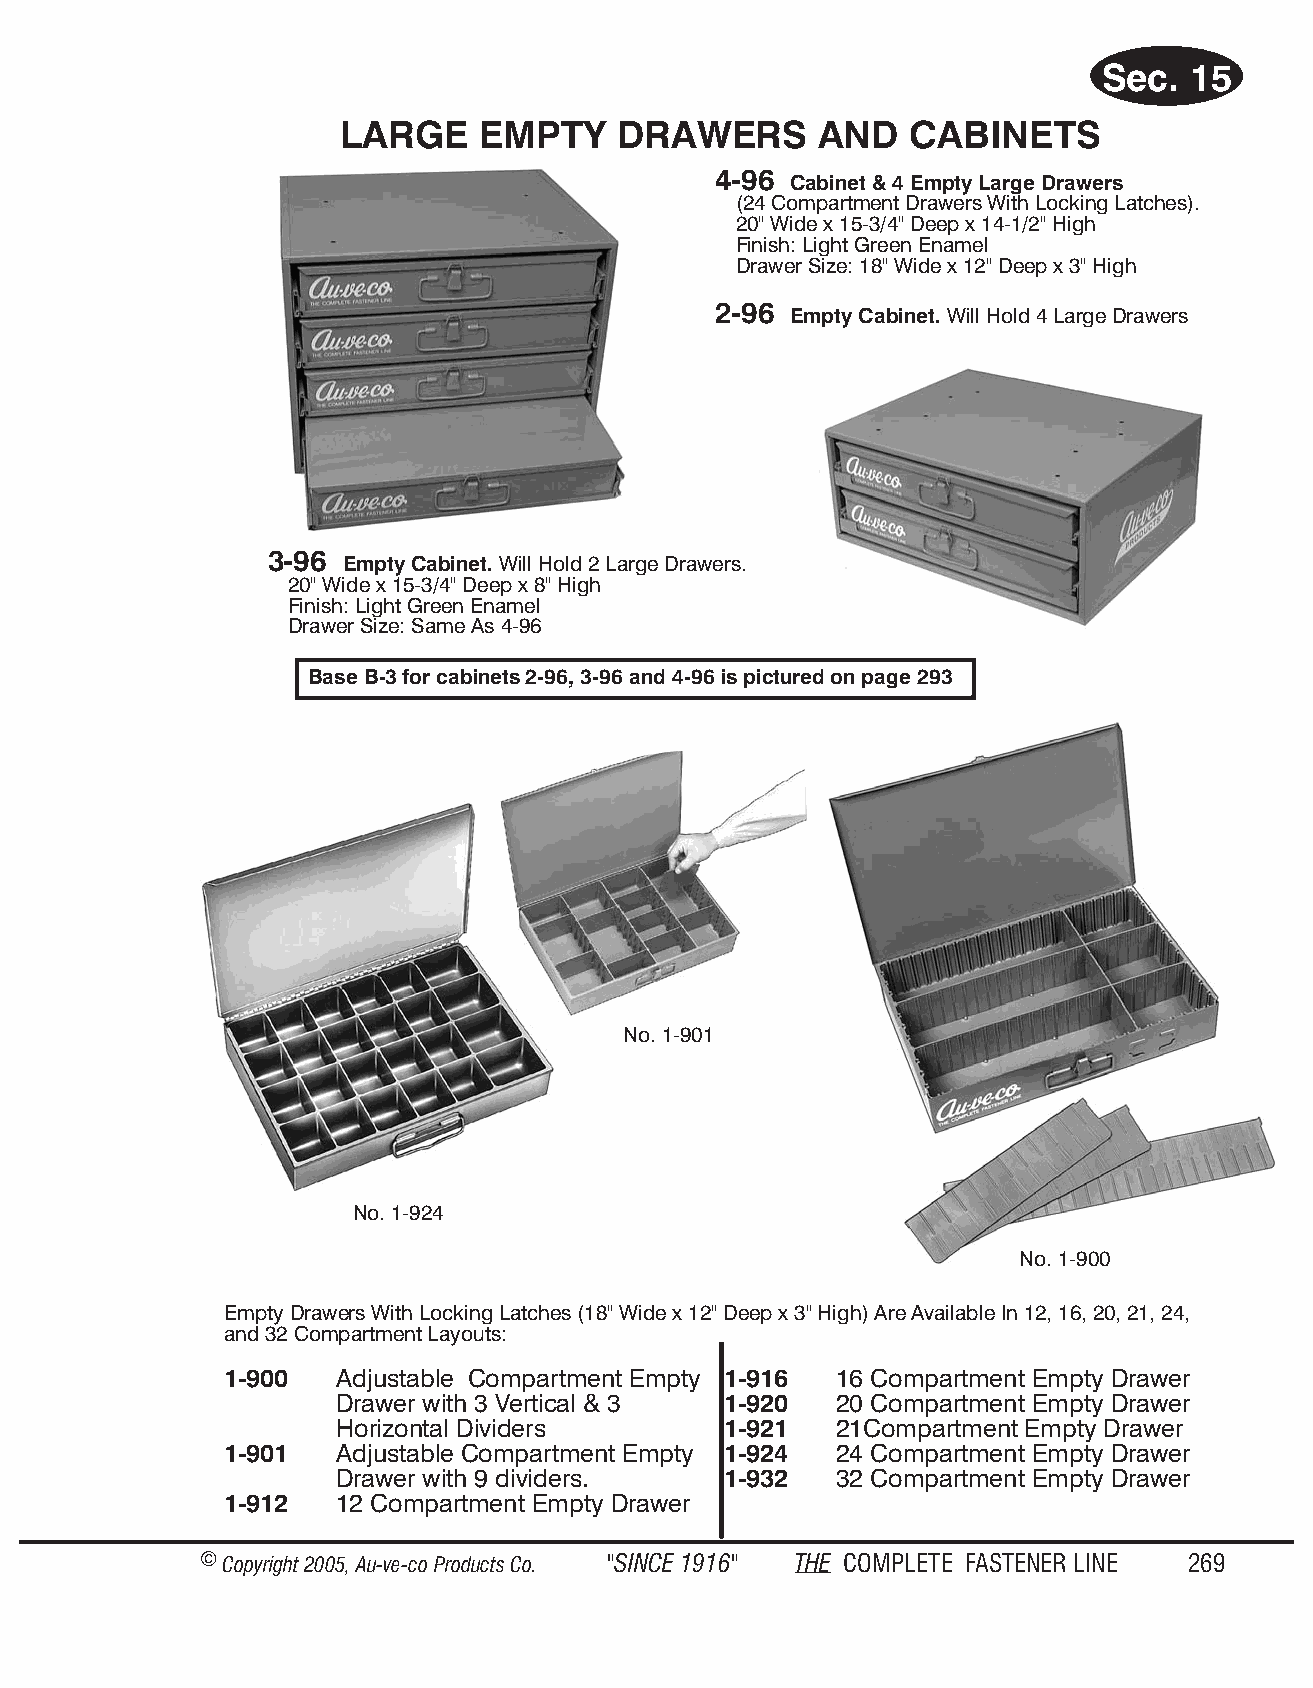
Sec.  15
 LARGE    EMPTY    DRAW    ERS  AND   CAB   I NETS
 4-96
 Cabinet & 4 Empty Large Drawers
 (24 Compartment Drawers With Locking Latches).
 20" Wide x 15-3/4" Deep x 14-1/2" High
 Finish: Light Green Enamel
 Drawer Size: 18" Wide x 12" Deep x 3" High
 2-96
 Empty Cabinet. Will Hold 4 Large Drawers
 3-96
 Empty Cabinet. Will Hold 2 Large Drawers.
 20" Wide x 15-3/4" Deep x 8" High
 Finish: Light Green Enamel
 Drawer Size: Same As 4-96
 Base B-3 for cabinets 2-96, 3-96 and 4-96 is pictured on page 293
 No. 1-901
 No. 1-924
 No. 1-900
 Empty Drawe rs With Locki ng Latches (18" Wide x 12" Deep x 3" High) Are Availa ble In 12, 16, 20, 21, 24,
 and 32 Comp artm ent Layo uts:
 1-900  Ad just able Com part ment Empty 1-916 16 Comp artm ent Empty Drawer
 Drawer with 3 Vert i cal & 3 1-920 20 Comp artm ent Empty Drawer
 Hor i zon tal Di vid ers  1-921   21Compartment Empty Drawer
 1-901  Ad just able Com part ment Empty 1-924 24 Comp artm ent Empty Drawer
 Drawer with 9 div id ers. 1-932   32 Comp artm ent Empty Drawer
 1-912  12 Comp artm ent Empty Drawer
 © Copyr ight 2005, Au-ve-co Produ cts Co. "SINCE 1916" THE COM PLETE FAST ENER LINE 269